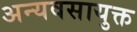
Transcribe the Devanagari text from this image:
अन्यवसायुक्त